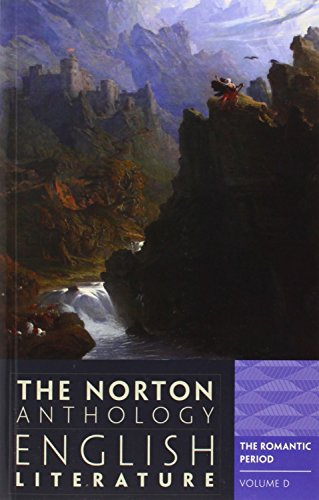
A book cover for The Norton Anthology of English Literature (Ninth Edition)  (Vol. D); M. H. Abrams; Literature & Fiction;